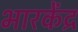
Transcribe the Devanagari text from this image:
भारकेंद्र